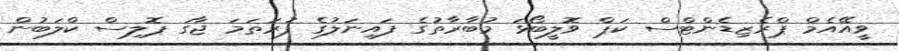
ވީއޭއެމް ޕްރެޒިޑެންޓްސް ކަޕް ވޮލީބޯޅަ މުބާރާތުގެ ފައިނަލުގެ ފުރަތަމަ ޖާގަ ޕޮލިސް ކްލަބުން